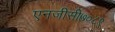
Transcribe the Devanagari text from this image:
एनजीसी७०८९